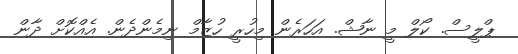
ޕްލީސް. ކޯލް މީ ނާޝް. އަހަރެން މިހުރީ ހުޒާމް ނިމެންދެން. އެއްކޮށް ދާން